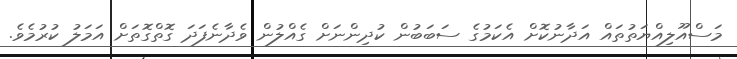
މަސްއޫލިއްޔަތުތައް އަދާނުކޮށް އެކަމުގެ ސަބަބުން ކުދިންނަށް ގެއްލުން ވެދާނެފަދަ ގޮތްގޮތަށް އަމަލު ކުރުމެވެ.